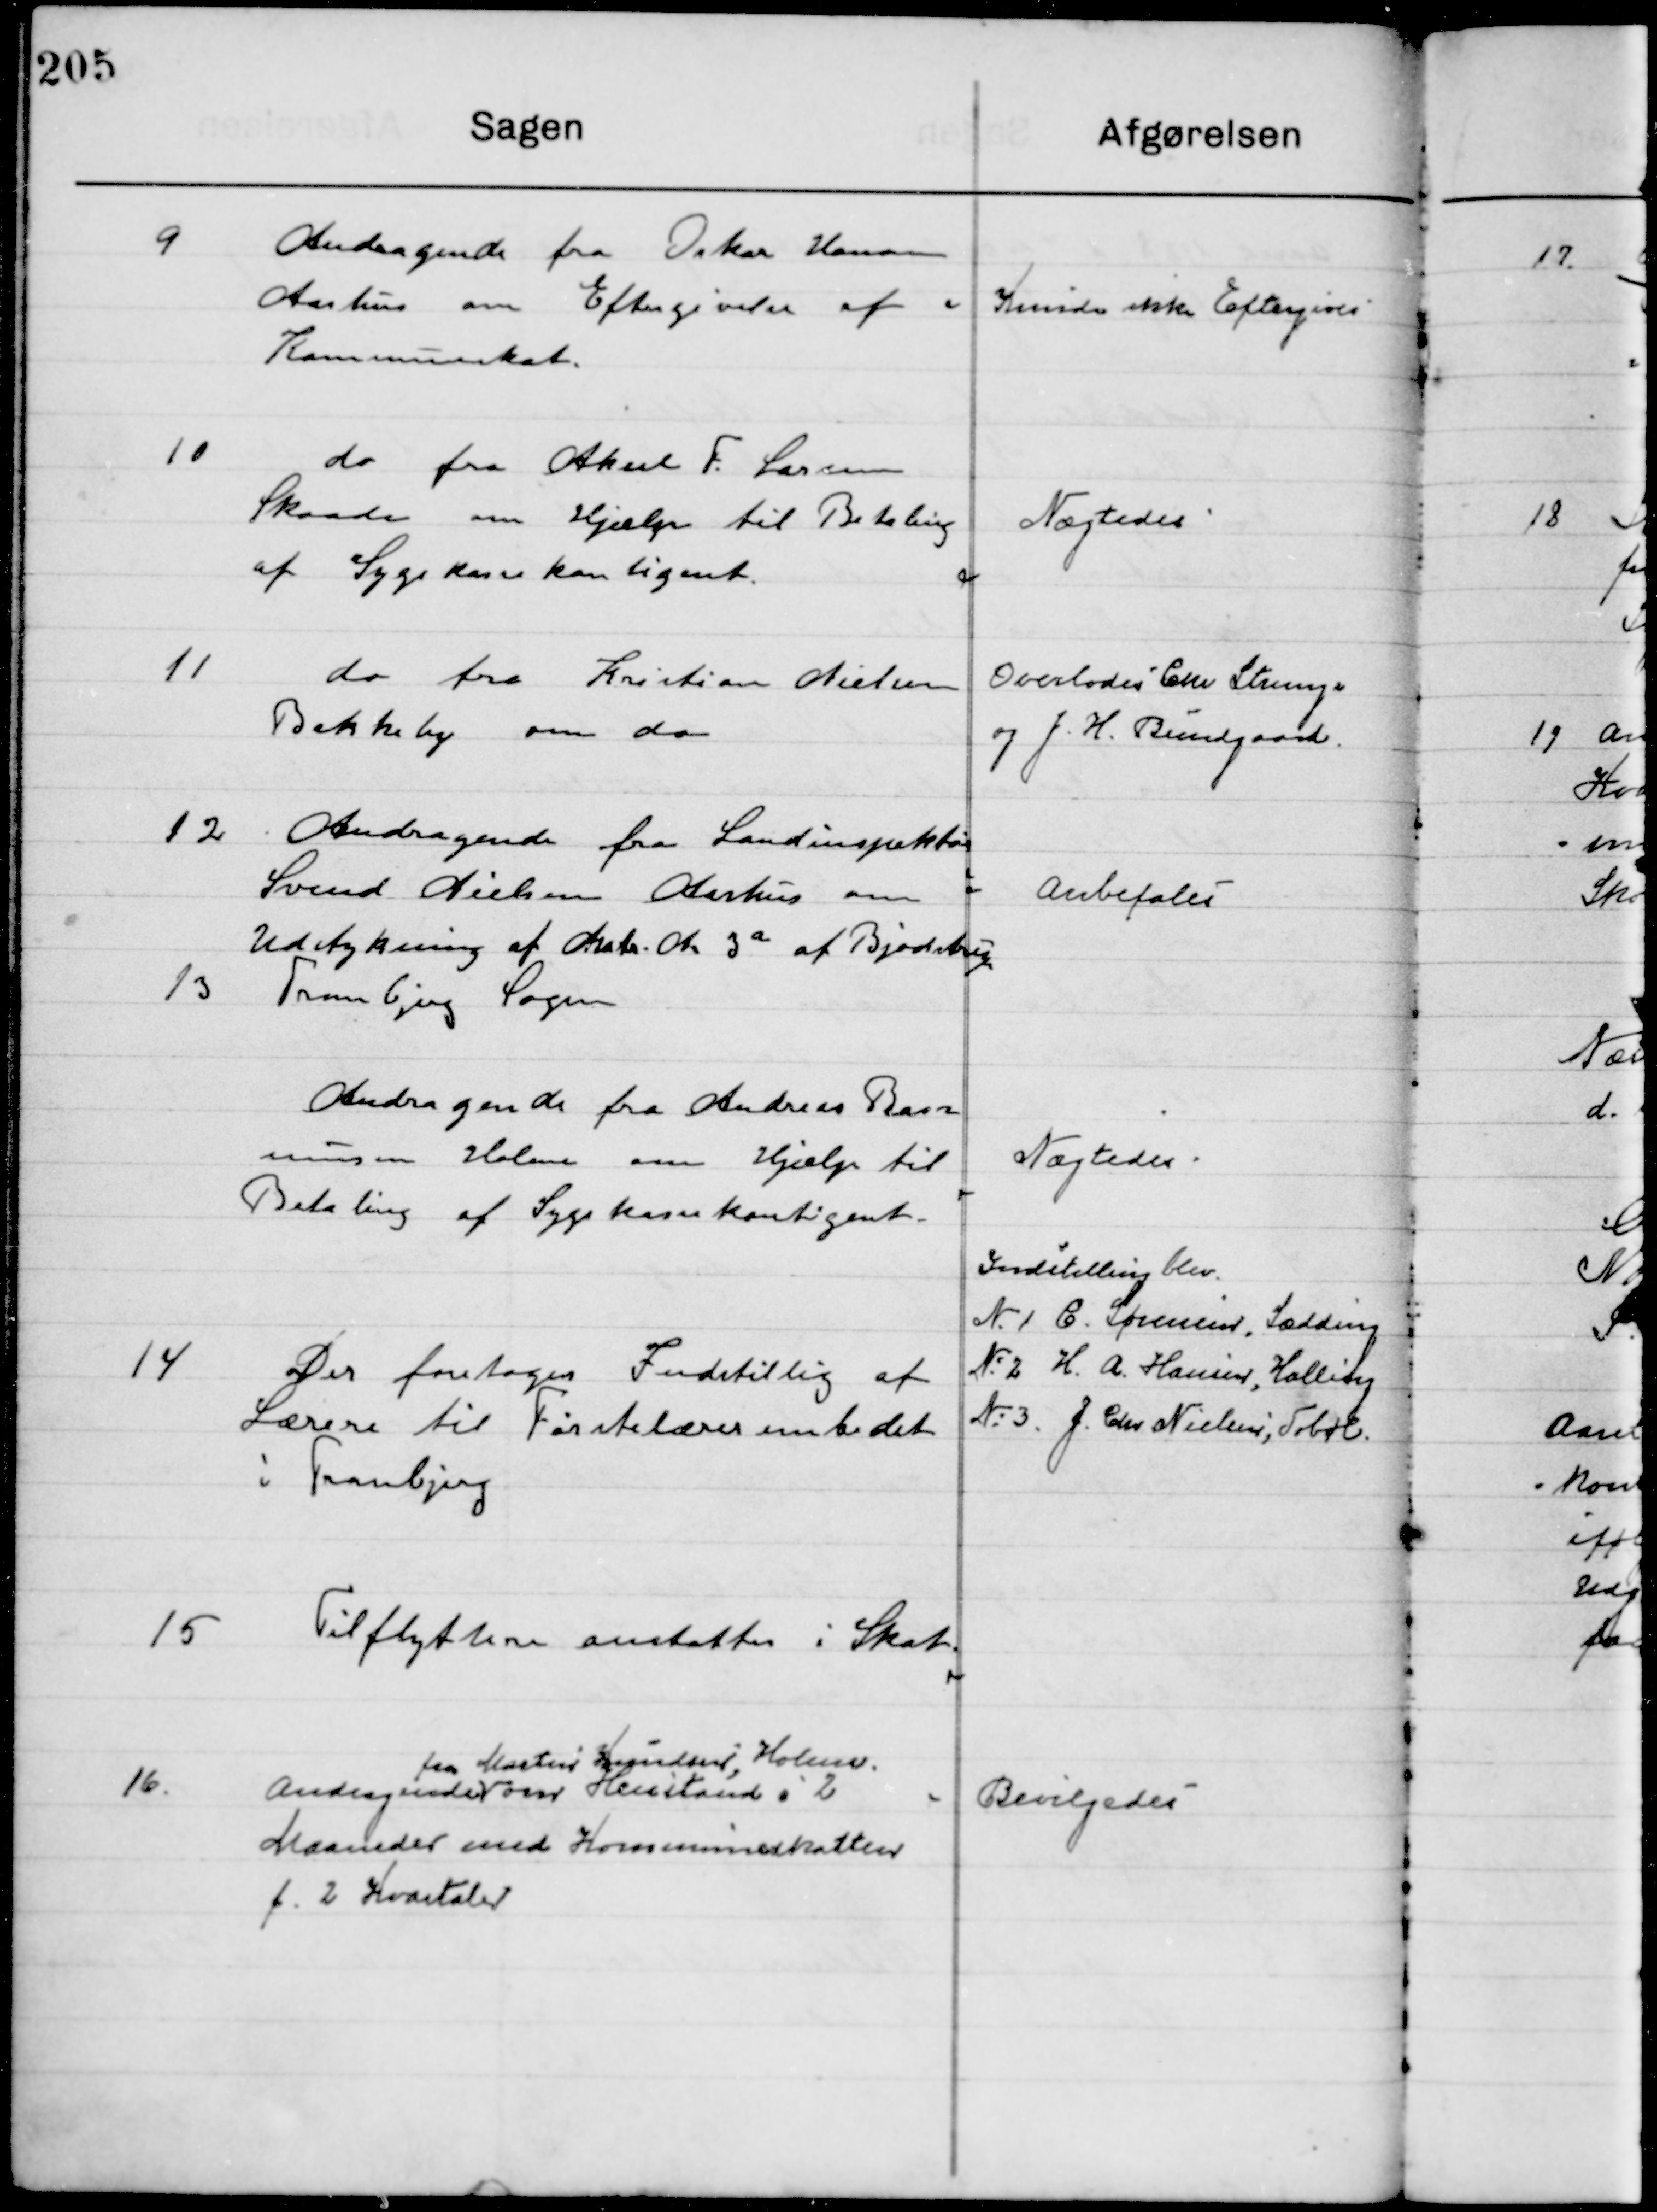
Transskription:
9

Andragende fra Oskar Hansen
Aarhus om Eftergivelse af
Kommuneskat.

Kunde ikke Eftergives

10

Do fra Aksel F. Larsen
Skaade om Hjælp til Betaling
af Sygekassekontingent.

Nægtes

11

Do fra Kristian Nielsen
Bakkeby om do

Overlodes Chr. Strunge
og J. H. Bundgaard

12

Andragende fra Landinspektør 
Svend Nielsen Aarhus om
Udstykning af Matr. Nr. 3 a af Bjødstrup
Tranbjerg Sogn

Anbefales

13

Andragende fra Andreas Ras-
mussen Holme om Hjælp til  
Betaling af Sygekassekontingent.

Nægtes

14

Der foretoges Indstilling af
Lærere til Førstelærer embedet
I Tranbjerg

Indstilling blev
Nr. 1 C. Sørensen, Sædding
Nr. 2. H. A. Hansen, Halling
Nr. 3. J. Chr. Nielsen, Tobøl

15

Tilflyttere ansattes i Skat

16

Andragerinde 
fra Morten  Holme 
om Henstand i 2 
Maaned med Kommuneskatten
f. 2. Kvartaler

Bevilgedes